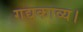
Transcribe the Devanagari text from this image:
गद्यकाव्य।